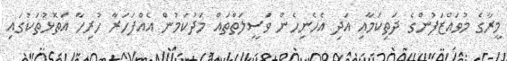
މީރާގެ މުވައްޒަފުންގެ ދަތިކަމާއި އަދި އެހެނިހެން ވަސީލަތްތައް މަދުކަމުން އެއްފަހަރާ ހުރިހާ އަތޮޅުތަކުގައި